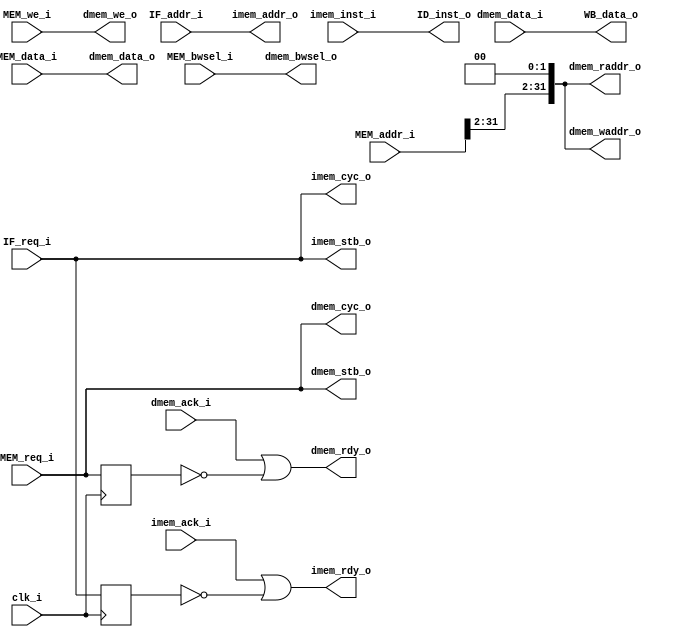
module mem_ctrl_7
  (
   clk_i,
   IF_addr_i,IF_req_i,
   ID_inst_o,
   MEM_req_i,MEM_we_i,MEM_addr_i,MEM_data_i,MEM_bwsel_i,
   WB_data_o,
   dmem_cyc_o,dmem_stb_o,dmem_waddr_o,dmem_raddr_o,dmem_we_o,dmem_bwsel_o,dmem_ack_i,dmem_data_i,dmem_data_o,   
   imem_cyc_o, imem_stb_o, imem_addr_o, imem_ack_i, imem_inst_i,
   dmem_rdy_o,imem_rdy_o
   );
  input         clk_i;
  input         IF_req_i;
  input  [31:0] IF_addr_i;     
  output [31:0] ID_inst_o;   
  output        imem_cyc_o; 
  output        imem_stb_o; 
  output [31:0] imem_addr_o; 
  input         imem_ack_i; 
  input  [31:0] imem_inst_i;
  input         MEM_req_i;       
  input         MEM_we_i;        
  input  [31:0] MEM_addr_i;      
  input  [31:0] MEM_data_i;      
  input  [3:0]  MEM_bwsel_i;
  output [31:0] WB_data_o;     
  output        dmem_cyc_o;     
  output        dmem_stb_o;     
  output [31:0] dmem_waddr_o;   
  output [31:0] dmem_raddr_o;   
  output        dmem_we_o;      
  output [3:0]  dmem_bwsel_o;   
  input         dmem_ack_i;     
  input  [31:0] dmem_data_i;    
  output [31:0] dmem_data_o;    
  output        dmem_rdy_o;
  output        imem_rdy_o;
  assign imem_cyc_o = IF_req_i;
  assign imem_stb_o = IF_req_i;
  assign imem_addr_o = IF_addr_i;
  assign ID_inst_o = imem_inst_i;
  assign dmem_we_o   = MEM_we_i;
  assign dmem_cyc_o  = MEM_req_i;
  assign dmem_stb_o  = MEM_req_i;
  assign dmem_waddr_o = {MEM_addr_i[31:2],2'b00};
  assign dmem_raddr_o = {MEM_addr_i[31:2],2'b00};
  assign dmem_data_o  = MEM_data_i;
  assign dmem_bwsel_o = MEM_bwsel_i;
  assign WB_data_o    = dmem_data_i;
  reg dmem_req_reged; 
  reg imem_req_reged;
  always @(posedge clk_i)
  begin
    dmem_req_reged <= dmem_cyc_o & dmem_stb_o;
    imem_req_reged <= IF_req_i;
  end
  assign dmem_rdy_o   = dmem_ack_i | ~dmem_req_reged;
  assign imem_rdy_o   = imem_ack_i | ~imem_req_reged;
endmodule